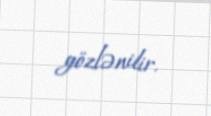
gözlənilir.